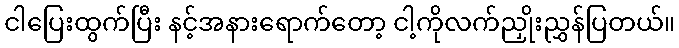
ငါပြေးထွက်ပြီး နင့်အနားရောက်တော့ ငါ့ကိုလက်ညှိုးညွှန်ပြတယ်။